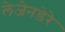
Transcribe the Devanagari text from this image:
लेजेनडेरे